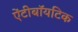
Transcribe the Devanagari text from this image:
ऐंटीबॉयटिक